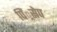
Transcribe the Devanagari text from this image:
पिं्रसेप